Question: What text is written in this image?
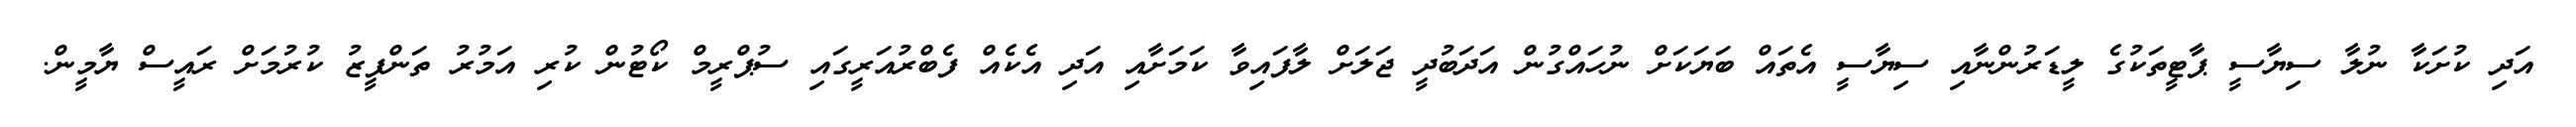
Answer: އަދި ކުށަކާ ނުލާ ސިޔާސީ ޕާޓީތަކުގެ ލީޑަރުންނާއި ސިޔާސީ އެތައް ބަޔަކަށް ނުހައްގުން އަދަބުދީ ޖަލަށް ލާފައިވާ ކަމަށާއި އަދި އެކެއް ފެބްރުއަރީގައި ސުޕްރީމް ކޯޓުން ކުރި އަމުރު ތަންފީޒު ކުރުމަށް ރައީސް ޔާމީން.